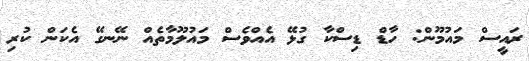
ރައީސް މައުމޫން: ހާޑް ޑިސްކާ ގުޅޭ އެއްވެސް މައުލޫމާތެއް ނޭނގޭ އެކަން ކުރި